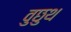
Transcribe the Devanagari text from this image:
वुछुथ